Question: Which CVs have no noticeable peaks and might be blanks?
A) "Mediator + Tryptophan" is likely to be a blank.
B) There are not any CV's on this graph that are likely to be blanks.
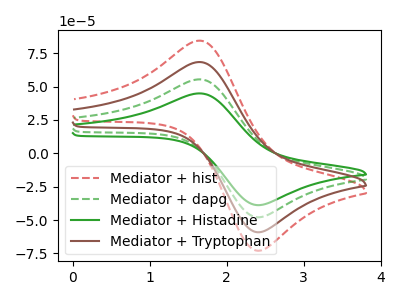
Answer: <think>The red dashed curve "Mediator + hist" has an anodic peak at (1.65V, 166.20uA) and a cathodic peak at (2.35V, -143.00uA). The green dashed curve "Mediator + dapg" has an anodic peak at (1.65V, 55.40uA) and a cathodic peak at (2.35V, -47.65uA). The green curve "Mediator + Histadine" has an anodic peak at (1.65V, 44.90uA) and a cathodic peak at (2.35V, -38.60uA). The brown curve "Mediator + Tryptophan" has an anodic peak at (1.65V, 110.80uA) and a cathodic peak at (2.35V, -95.35uA).</think>
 <answer>B) There are not any CV's on this graph that are likely to be blanks.</answer>
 <eval>B</eval>